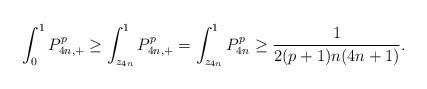
LaTeX: \begin{align*} \int_0^1P_{4n,+}^p \geq \int_{z_{4n}}^1 P_{4n,+}^p = \int_{z_{4n}}^1 P_{4n}^p \geq \frac{1}{2(p+1)n(4n+1)}. \end{align*}